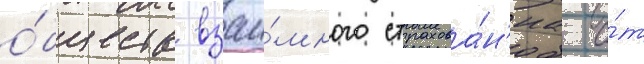
о́бществ взаи́много страхова́н'иа о́т